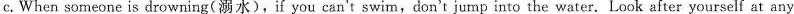
c.When someone is drowning(溺水),if you can't swim,don't jump into the water. Look after yourself at any